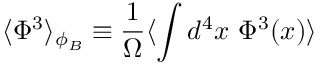
\langle \Phi ^ { 3 } \rangle _ { \phi _ { B } } \equiv { \frac { 1 } { \Omega } } \langle \int d ^ { 4 } x ~ \Phi ^ { 3 } ( x ) \rangle